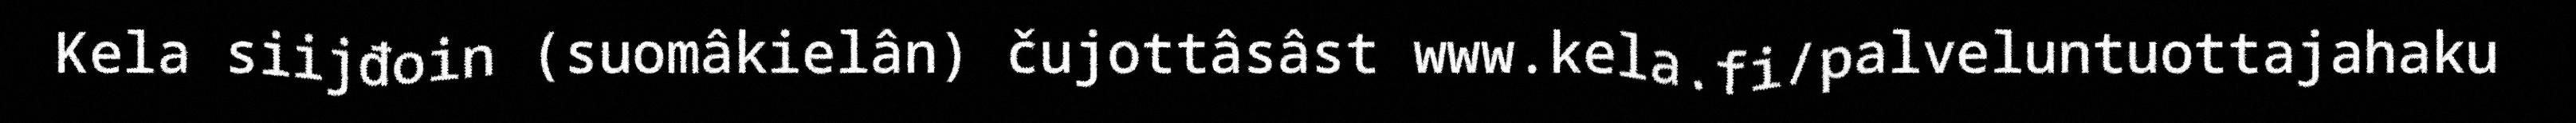
Kela siijđoin (suomâkielân) čujottâsâst www.kela.fi/palveluntuottajahaku